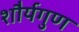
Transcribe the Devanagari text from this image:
शौर्यगुण